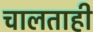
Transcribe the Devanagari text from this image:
चालताही